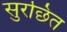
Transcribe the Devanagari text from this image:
सुरछित